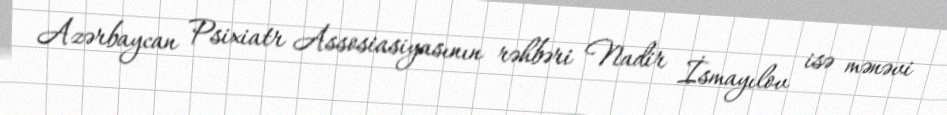
Azərbaycan Psixiatr Assosiasiyasının rəhbəri Nadir İsmayılov isə mənəvi